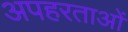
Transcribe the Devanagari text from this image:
अपहरताओं